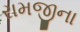
રામજીના